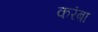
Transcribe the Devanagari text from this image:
करंबा